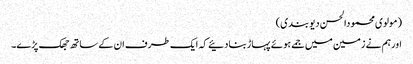
(مولوی محمودالحسن دیوبندی)
اورہم نے زمین میں جمے ہوئے پہاڑبنادئیے کہ ایک طرف ان کے ساتھ جھک پڑے۔